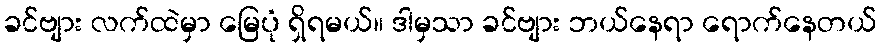
ခင်ဗျား လက်ထဲမှာ မြေပုံ ရှိရမယ်။ ဒါမှသာ ခင်ဗျား ဘယ်နေရာ ရောက်နေတယ်